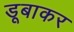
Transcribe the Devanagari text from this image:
डूबाकर